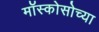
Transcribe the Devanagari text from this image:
मॉस्कोसोच्या